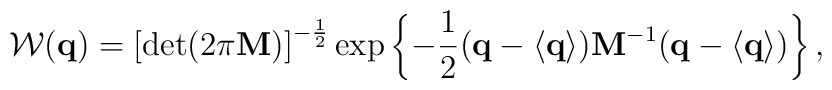
{\cal W}({\bf q})=\left[\det(2\pi {\bf M})\right]^{-\frac 12}\exp\left\{-\frac 12({\bf q}-\langle {\bf q}\rangle ){\bf M}^{-1}({\bf q}-\langle {\bf q}\rangle )\right\},